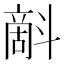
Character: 𣂉